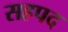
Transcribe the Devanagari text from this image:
सहपद